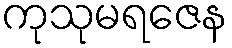
ကုသုမရဇေန